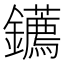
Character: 𨰂